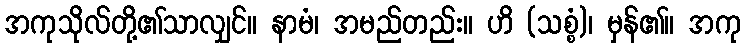
အကုသိုလ်တို့၏သာလျှင်။ နာမံ၊ အမည်တည်း။ ဟိ (သစ္စံ)၊ မှန်၏။ အကု